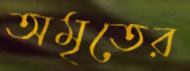
অমৃতের